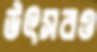
উৎসবও